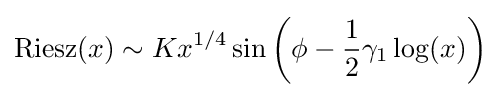
{\rm {Riesz}}(x)\sim Kx^{1/4}\sin \left(\phi -{\frac {1}{2}}\gamma _{1}\log(x)\right)